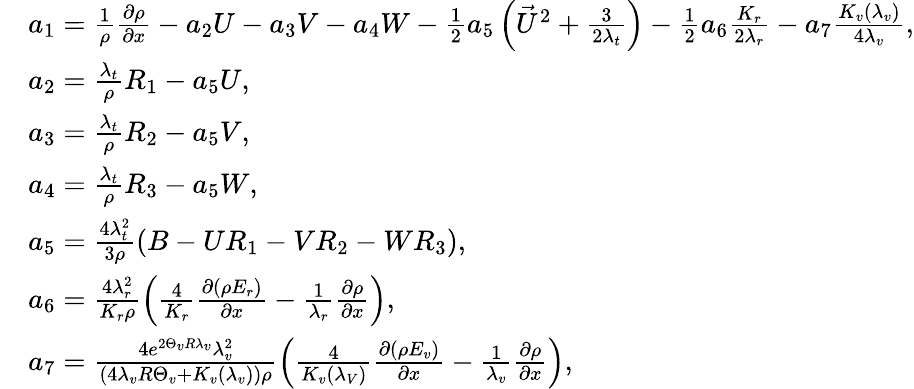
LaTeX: \begin{array}{rl}&{a_{1}=\frac{1}{\rho}\frac{{\partial\rho}}{{\partial x}}-{a_{2}}U-{a_{3}}V-{a_{4}}W-\frac{1}{2}{a_{5}}\left({{{\vec{U}}^{2}}+\frac{3}{{2{\lambda_{t}}}}}\right)-\frac{1}{2}{a_{6}}\frac{{{K_{r}}}}{{2{\lambda_{r}}}}-{a_{7}}\frac{K_{v}(\lambda_{v})}{4\lambda_{v}},}\\ &{a_{2}=\frac{\lambda_{t}}{\rho}R_{1}-a_{5}U,}\\ &{a_{3}=\frac{\lambda_{t}}{\rho}R_{2}-a_{5}V,}\\ &{a_{4}=\frac{\lambda_{t}}{\rho}R_{3}-a_{5}W,}\\ &{a_{5}=\frac{4\lambda_{t}^{2}}{3\rho}\left(B-UR_{1}-VR_{2}-WR_{3}\right),}\\ &{a_{6}=\frac{4\lambda_{r}^{2}}{K_{r}\rho}\left(\frac{4}{K_{r}}\frac{\partial(\rho E_{r})}{\partial x}-\frac{1}{\lambda_{r}}\frac{\partial\rho}{\partial x}\right),}\\ &{a_{7}=\frac{4e^{2\Theta_{v}R\lambda_{v}}\lambda_{v}^{2}}{(4\lambda_{v}R\Theta_{v}+K_{v}(\lambda_{v}))\rho}\left(\frac{4}{K_{v}(\lambda_{V})}\frac{\partial(\rho E_{v})}{\partial x}-\frac{1}{\lambda_{v}}\frac{\partial\rho}{\partial x}\right),}\end{array}